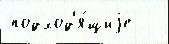
подход'я́щиjе